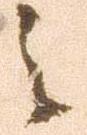
之